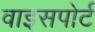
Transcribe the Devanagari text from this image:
वाइसपोर्ट